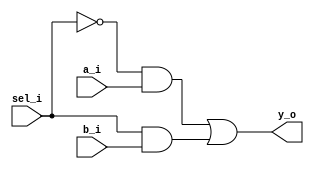
module simplemux(a_i,b_i,sel_i,y_o);

  input a_i;
  input b_i;
  input sel_i;
  output y_o;

  assign y_o = (!sel_i & a_i) | (sel_i & b_i);

endmodule